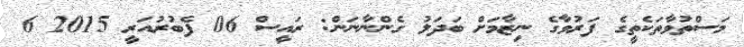
މަސްތުވާތަކެތީގެ ފަރުވާގެ ނިޒާމަށް ބަދަލު ގެންނާނަން: ރައީސް 06 ފެބުރުއަރީ 2015 6